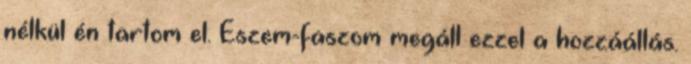
nélkül én tartom el. Eszem-faszom megáll ezzel a hozzáállás.